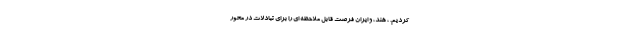
کردیم. ، هند، و ایران فرصت قابل ملاحظه ای را برای تبادلات در محور